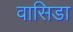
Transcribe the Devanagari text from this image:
वासिडा